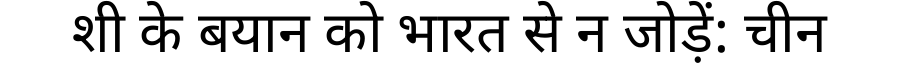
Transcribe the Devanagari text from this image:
शी के बयान को भारत से न जोड़ें: चीन